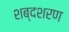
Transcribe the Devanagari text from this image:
शब्दशरण